Annual statistical returns and brief notes on vaccination in Bengal - 1909-1929
Year: 1909
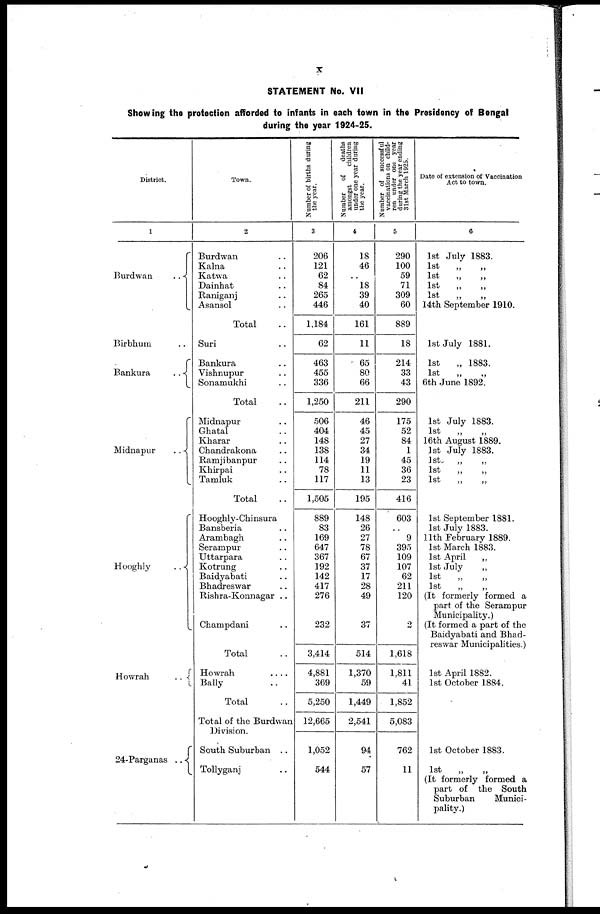
x
STATEMENT No. VII
Showing the protection afforded to infants in each town in the Presidency of Bengal
during the year 1924-25.
District.
1
Burdwan
..
Birbhum ..
Bankura
..
Midnapur
..
Hooghly
..
Howrah
..
24-Parganas ..
Town.
2
Burdwan ..
Kalna ..
Katwa ..
Dainhat ..
Raniganj ..
Asansol ..
Total ..
Suri ..
Bankura ..
Vishnupur ..
Sonamukhi ..
Total ..
Midnapur ..
Ghatal ..
Kharar ..
Chandrakona ..
Ramjibanpur ..
Khirpai ..
Tamluk ..
Total ..
Hooghly-Chinsura
Bansberia ..
Arambagh ..
Serampur ..
Uttarpara ..
Kotrung ..
Baidyabati ..
Bhadreswar ..
Rishra-Konnagar ..
Champdani ..
Total ..
Howrah
..
..
Bally ..
Total ..
Total of the Burdwan
Division.
South Suburban ..
Tollyganj ..
Number of births during
the year.
3
206
121
62
84
265
446
1,184
62
463
455
336
1,250
506
404
148
138
114
78
117
1,505
889
83
169
647
367
192
142
417
276
232
3,414
4,881
369
5,250
12,665
1,052
544
Number
of
deaths
amongst
children
under one year during
the year.
4
18
46
..
18
39
40
161
11
65
80
66
211
46
45
27
34
19
11
13
195
148
26
27
78
67
37
17
28
49
37
514
1,370
59
1,449
2,541
94
57
Number of successful
vaccinations on child-
ren under one year
during the year ending
31st March 1925.
5
290
100
59
71
309
60
889
18
214
33
43
290
175
52
84
1
45
36
23
416
603
..
9
395
109
107
62
211
120
2
1,618
1,811
41
1,852
5,083
762
11
Date of extension of Vaccination
Act to town.
6
1st July 1883.
1st
„
„
1st
„
„
1st
„
„
1st
„
„
14th September 1910.
1st July 1881.
1st
„ 1883.
1st „ „
6th June 1892.
1st July 1883.
1st
„
„
16th August 1889.
1st July 1883.
1st
„
„
1st
„
„
1st
„
„
1st September 1881.
1st July 1883.
11th February 1889.
1st March 1883.
1st April
„
1st July
„
1st
„
„
1st
„
„
(It formerly formed a
part of the Serampur
Municipality.)
(It formed a part of the
Baidyabati and Bhad-
reswar Municipalities.)
1st April 1882.
1st October 1884.
1st October 1883.
1st
„
„
(It formerly formed a
part of the South
Suburban
Munici-
pality.)